Mediterranean fever in India - Number 22
Disease focus: Fever
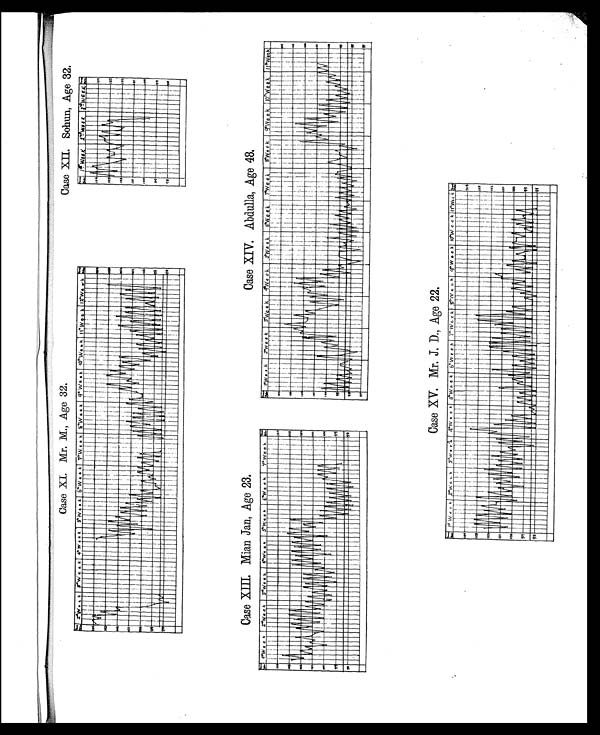
Case XI. Mr, M., Age 32.
Case XII. Sohun, Age 32.
Case XIII. Mian Jan, Age 23.
Case XIV. Abdulla, Age 48
.
Case XV. Mr. J. D., Age 22.